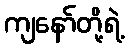
ကျနော်တို့ရဲ့